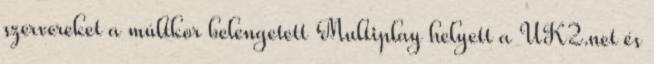
szervereket a múltkor belengetett Multiplay helyett a UK2.net és